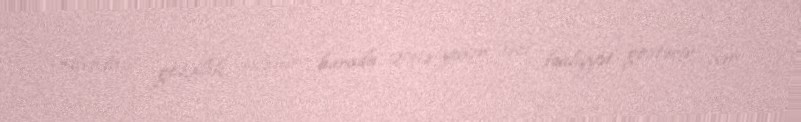
“Afrodita” gözəllik salonu - burada 20-ə yaxın işçi fəaliyyət göstərir, hər